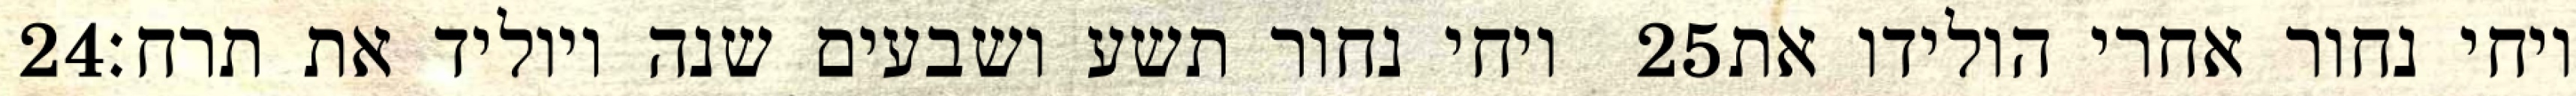
‎24‏ ויחי נחור תשע ושבעים שנה ויוליד את תרח׃ ‎25‏ ויחי נחור אחרי הולידו את